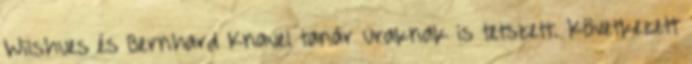
Wilshues és Bernhard Knauel tanár uraknak is tetszett. Következett